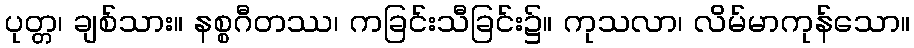
ပုတ္တ၊ ချစ်သား။ နစ္စဂီတဿ၊ ကခြင်းသီခြင်း၌။ ကုသလာ၊ လိမ်မာကုန်သော။